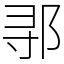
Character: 𬩽